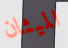
الميثان